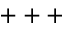
+ + +